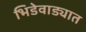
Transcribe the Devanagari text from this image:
भिडेवाड्यात